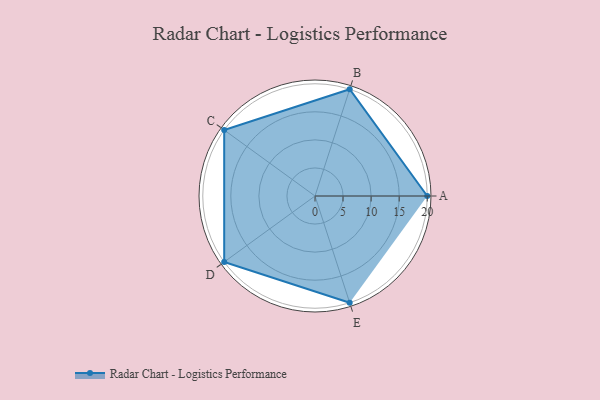
{"axis": {"x": "Skill", "y": "Score"}, "legend": ["Profile"], "data": [{"x": "A", "y": 20, "type": "Profile"}, {"x": "B", "y": 20, "type": "Profile"}, {"x": "C", "y": 20, "type": "Profile"}, {"x": "D", "y": 20, "type": "Profile"}, {"x": "E", "y": 20, "type": "Profile"}]}